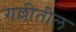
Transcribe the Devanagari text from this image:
गल्लीतील